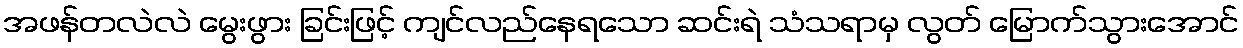
အဖန်တလဲလဲ မွေးဖွား ခြင်းဖြင့် ကျင်လည်နေရသော ဆင်းရဲ သံသရာမှ လွတ် မြောက်သွားအောင်